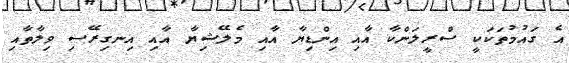
އެ ގައުމުތަކަކީ ސްރީލަންކާ އާއި އިންޑިޔާ އާއި މެލޭޝިޔާ އާއި އިނގިރޭސި ވިލާތާއި